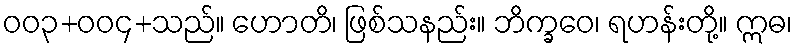
ဝဝ၃+ဝဝ၄+သည်။ ဟောတိ၊ ဖြစ်သနည်း။ ဘိက္ခဝေ၊ ရဟန်းတို့။ ဣဓ၊